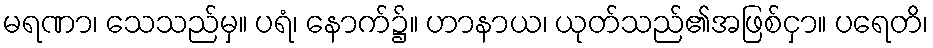
မရဏာ၊ သေသည်မှ။ ပရံ၊ နောက်၌။ ဟာနာယ၊ ယုတ်သည်၏အဖြစ်ငှာ။ ပရေတိ၊